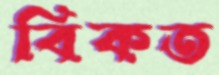
বিকত